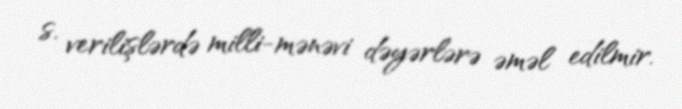
s. verilişlərdə milli-mənəvi dəyərlərə əməl edilmir.